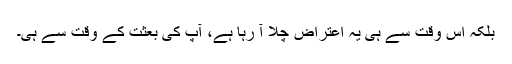
بلکہ اس وقت سے ہی یہ اعتراض چلا آ رہا ہے، آپؐ کی بعثت کے وقت سے ہی۔